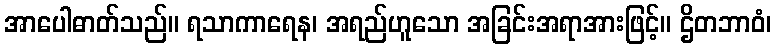
အာပေါဓာတ်သည်။ ရသာကာရေန၊ အရည်ဟူသော အခြင်းအရာအားဖြင့်။ ဌိတဘာဝံ၊